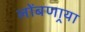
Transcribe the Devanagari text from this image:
लोंबणार्‍या